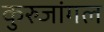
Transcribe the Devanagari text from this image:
कुरुजांगल